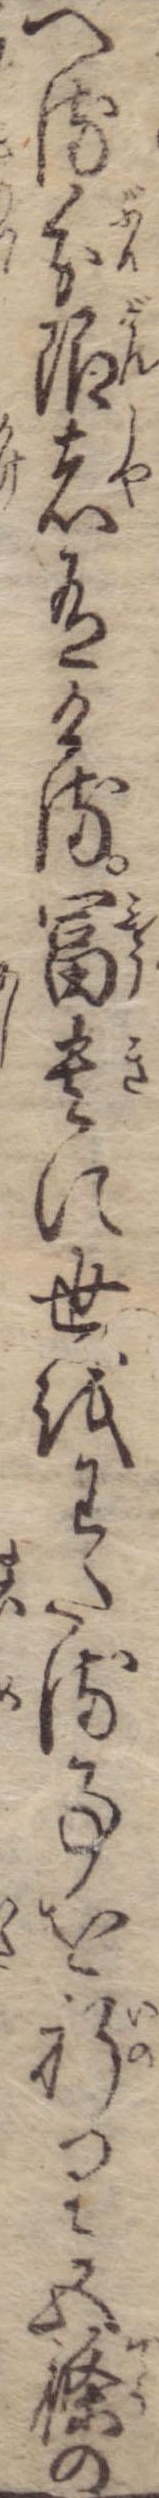
へる分限者有ける富貴に世をわたる事を祈り五条の